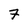
Character: 7